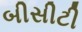
બીસીટી